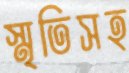
স্মৃতিসহ